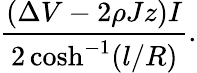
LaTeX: \frac{(\Delta V-2\rho Jz)I}{2\cosh^{-1}(l/R)}.